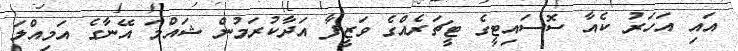
އައި އަހަރު ކެއާ ސޮސައިޓީގެ ޓީޗަރެއްގެ ވަޒީފާ އަދާކުރަމުން ޝައްމަ އޭނާގެ އަމިއްލަ